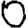
Digit: 0